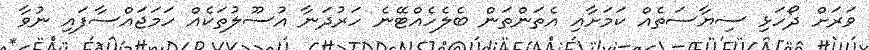
ވަރަށް ދޯހަޅި ސިޔާސަތެއް ކަމަށާއި އެތަންތަން ބެލެހެއްޓޭނެ ހަރުދަނާ އުސޫލުތަކެއް ހަމަޖައްސާފައި ނުވާ